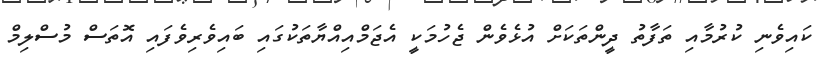
ކައިވެނި ކުރުމާއި ތަފާތު ދީންތަކަށް އުޅެވެން ޖެހުމަކީ އެޖަމްއިއްޔާތަކުގައި ބައިވެރިވެފައި އޮތަސް މުސްލިމް